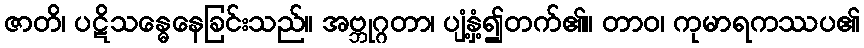
ဇာတိ၊ ပဋိသန္ဓေနေခြင်းသည်။ အဗ္ဘုဂ္ဂတာ၊ ပျံ့နှံ့၍တက်၏။ တာဝ၊ ကုမာရကဿပ၏